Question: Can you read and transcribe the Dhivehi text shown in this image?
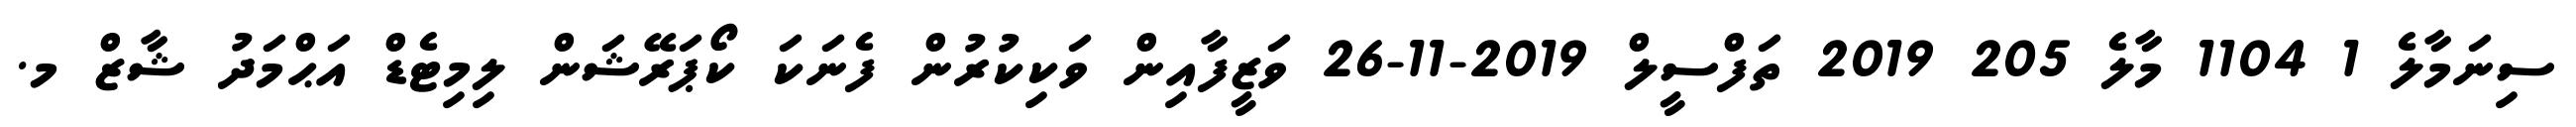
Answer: ސިނަމާލެ 1 1104 މާލެ 205 2019 ތަފްސީލް 2019-11-26 ވަޒީފާއިން ވަކިކުރުން ފެނަކަ ކޯޕަރޭޝަން ލިމިޓެޑް އަޙްމަދު ޝާޒް މ.